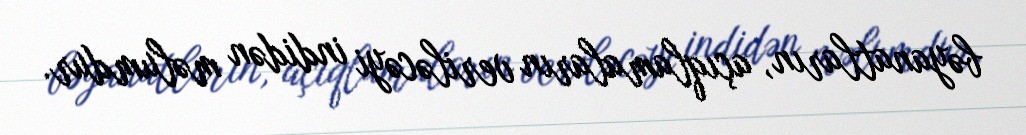
bəyanatların, açıqlamaların veriləcəyi indidən məlumdur.